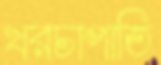
খরচাপাতি